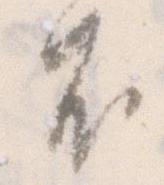
不